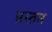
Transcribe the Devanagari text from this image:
प्रस्तत